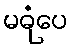
မဓုံပေ